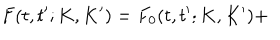
LaTeX: F ( t , t ^ { \prime } ; K , K ^ { \prime } ) = F _ { 0 } ( t , t ^ { \prime } ; K , K ^ { \prime } ) +